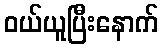
ဝယ်ယူပြီးနောက်